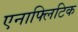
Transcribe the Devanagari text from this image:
एनाफ्लिटिक